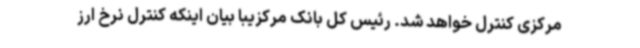
مرکزی کنترل خواهد شد. رئیس کل بانک مرکزیبا بیان اینکه کنترل نرخ ارز